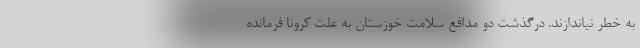
به خطر نیاندازند. درگذشت دو مدافع سلامت خوزستان به علت کرونا فرمانده